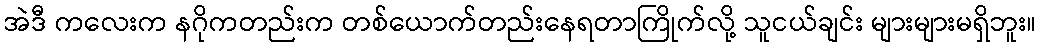
အဲဒီ ကလေးက နဂိုကတည်းက တစ်ယောက်တည်းနေရတာကြိုက်လို့ သူငယ်ချင်း များများမရှိဘူး။